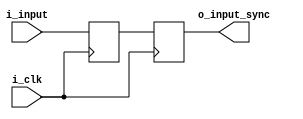
`default_nettype none

module synchronizer (
  input wire   i_clk,
  input wire   i_input,
  output wire  o_input_sync
);
  
  reg r_input_sync_1 = 1'b0;
  reg r_input_sync_2 = 1'b0;
  always @(posedge i_clk) begin
    {r_input_sync_2, r_input_sync_1} <= {r_input_sync_1, i_input};
  end

  assign o_input_sync = r_input_sync_2;

endmodule